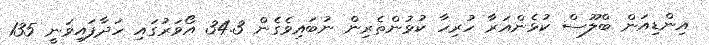
އިންޑިއަން ބްލޫސް ކުޅެންއަރާ ހުރިހާ ކުޅުންތެރިން ނުބައިވެގެން 34.3 އޯވަރުގައި ހަދާފައިވަނީ 135